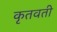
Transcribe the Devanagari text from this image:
कृतवती